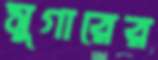
সুগারের